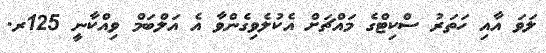
ލަވަ އާއި ހަތަރު ސްކިޓްގެ މައްޗަށް އެކުލެވިގެންވާ އެ އަލްބަމް ވިއްކާނީ 125ރ.